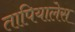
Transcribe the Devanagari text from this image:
तापियालेस